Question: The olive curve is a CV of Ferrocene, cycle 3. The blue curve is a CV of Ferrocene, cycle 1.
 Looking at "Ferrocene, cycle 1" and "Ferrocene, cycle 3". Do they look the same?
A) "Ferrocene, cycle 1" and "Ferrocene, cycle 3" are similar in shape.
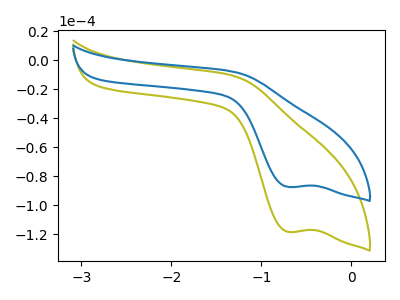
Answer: <think>The olive curve "Ferrocene, cycle 3" has a cathodic peak at: (-0.70V, -118.45uA). The blue curve "Ferrocene, cycle 1" has a cathodic peak at: (-0.70V, -87.55uA).
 All the peaks in "Ferrocene, cycle 1" have a peak in "Ferrocene, cycle 3" at the same potential. Every peak in "Ferrocene, cycle 1" is lower than every peak in "Ferrocene, cycle 3".</think>
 <answer>A) "Ferrocene, cycle 1" and "Ferrocene, cycle 3" are similar in shape.</answer>
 <eval>A</eval>